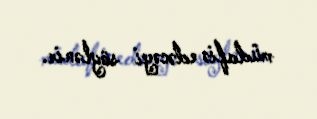
müdafiə edəcəyi söylənir.